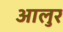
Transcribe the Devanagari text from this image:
आलुर